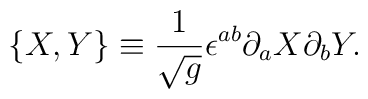
\{X,Y\} \equiv  \frac{1}{\sqrt{g}}\epsilon^{ab}\partial_a X \partial_b Y.